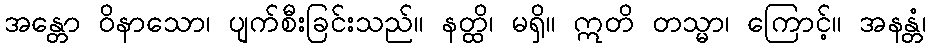
အန္တော ဝိနာသော၊ ပျက်စီးခြင်းသည်။ နတ္ထိ၊ မရှိ။ ဣတိ တသ္မာ၊ ကြောင့်။ အနန္တံ၊